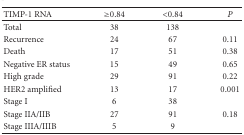
<table><thead><tr><td><b>TIMP-1 RNA</b></td><td><b>≥0.84</b></td><td><b>&lt;0.84</b></td><td><b><i>P</i></b></td></tr></thead><tbody><tr><td>Total</td><td>38</td><td>138</td><td> </td></tr><tr><td>Recurrence</td><td>24</td><td>67</td><td>0.11</td></tr><tr><td>Death</td><td>17</td><td>51</td><td>0.38</td></tr><tr><td>Negative ER status</td><td>15</td><td>49</td><td>0.65</td></tr><tr><td>High grade</td><td>29</td><td>91</td><td>0.22</td></tr><tr><td>HER2 amplified</td><td>13</td><td>17</td><td>0.001</td></tr><tr><td>Stage I </td><td>6 </td><td>38 </td><td> </td></tr><tr><td>Stage IIA/IIB </td><td>27 </td><td>91 </td><td>0.18</td></tr><tr><td>Stage IIIA/IIIB</td><td>5</td><td>9</td><td> </td></tr></tbody></table>